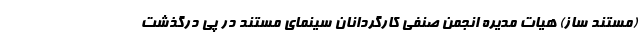
(مستند ساز) هیات مدیره انجمن صنفی کارگردانان سینمای مستند در پی درگذشت